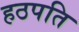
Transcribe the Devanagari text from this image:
हठपति